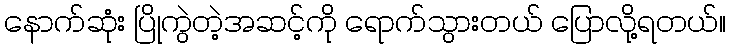
နောက်ဆုံး ပြိုကွဲတဲ့အဆင့်ကို ရောက်သွားတယ် ပြောလို့ရတယ်။